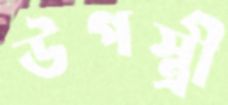
উপস্ত্রী